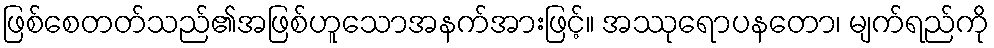
ဖြစ်စေတတ်သည်၏အဖြစ်ဟူသောအနက်အားဖြင့်။ အဿုရောပနတော၊ မျက်ရည်ကို